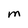
Character: M